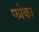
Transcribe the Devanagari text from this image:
फोका